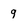
Character: q